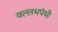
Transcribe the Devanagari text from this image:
वल्लभपंथी